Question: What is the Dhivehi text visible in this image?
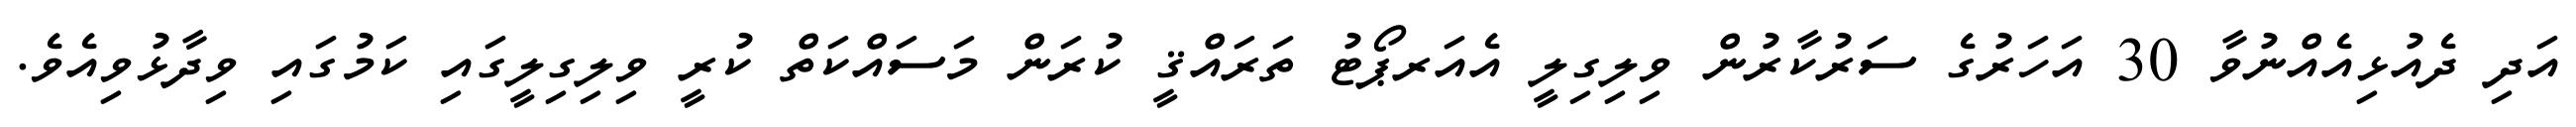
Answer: އަދި ދެއުޅިއެއްނުވާ 30 އަހަރުގެ ސަރުކާރުން ވިލިގިލީ އެއަރޕޯޓު ތަރައްޤީ ކުރަން މަސައްކަތް ކުރީ ވިލިގިލީގައި ކަމުގައި ވިދާޅުވިއެވެ.